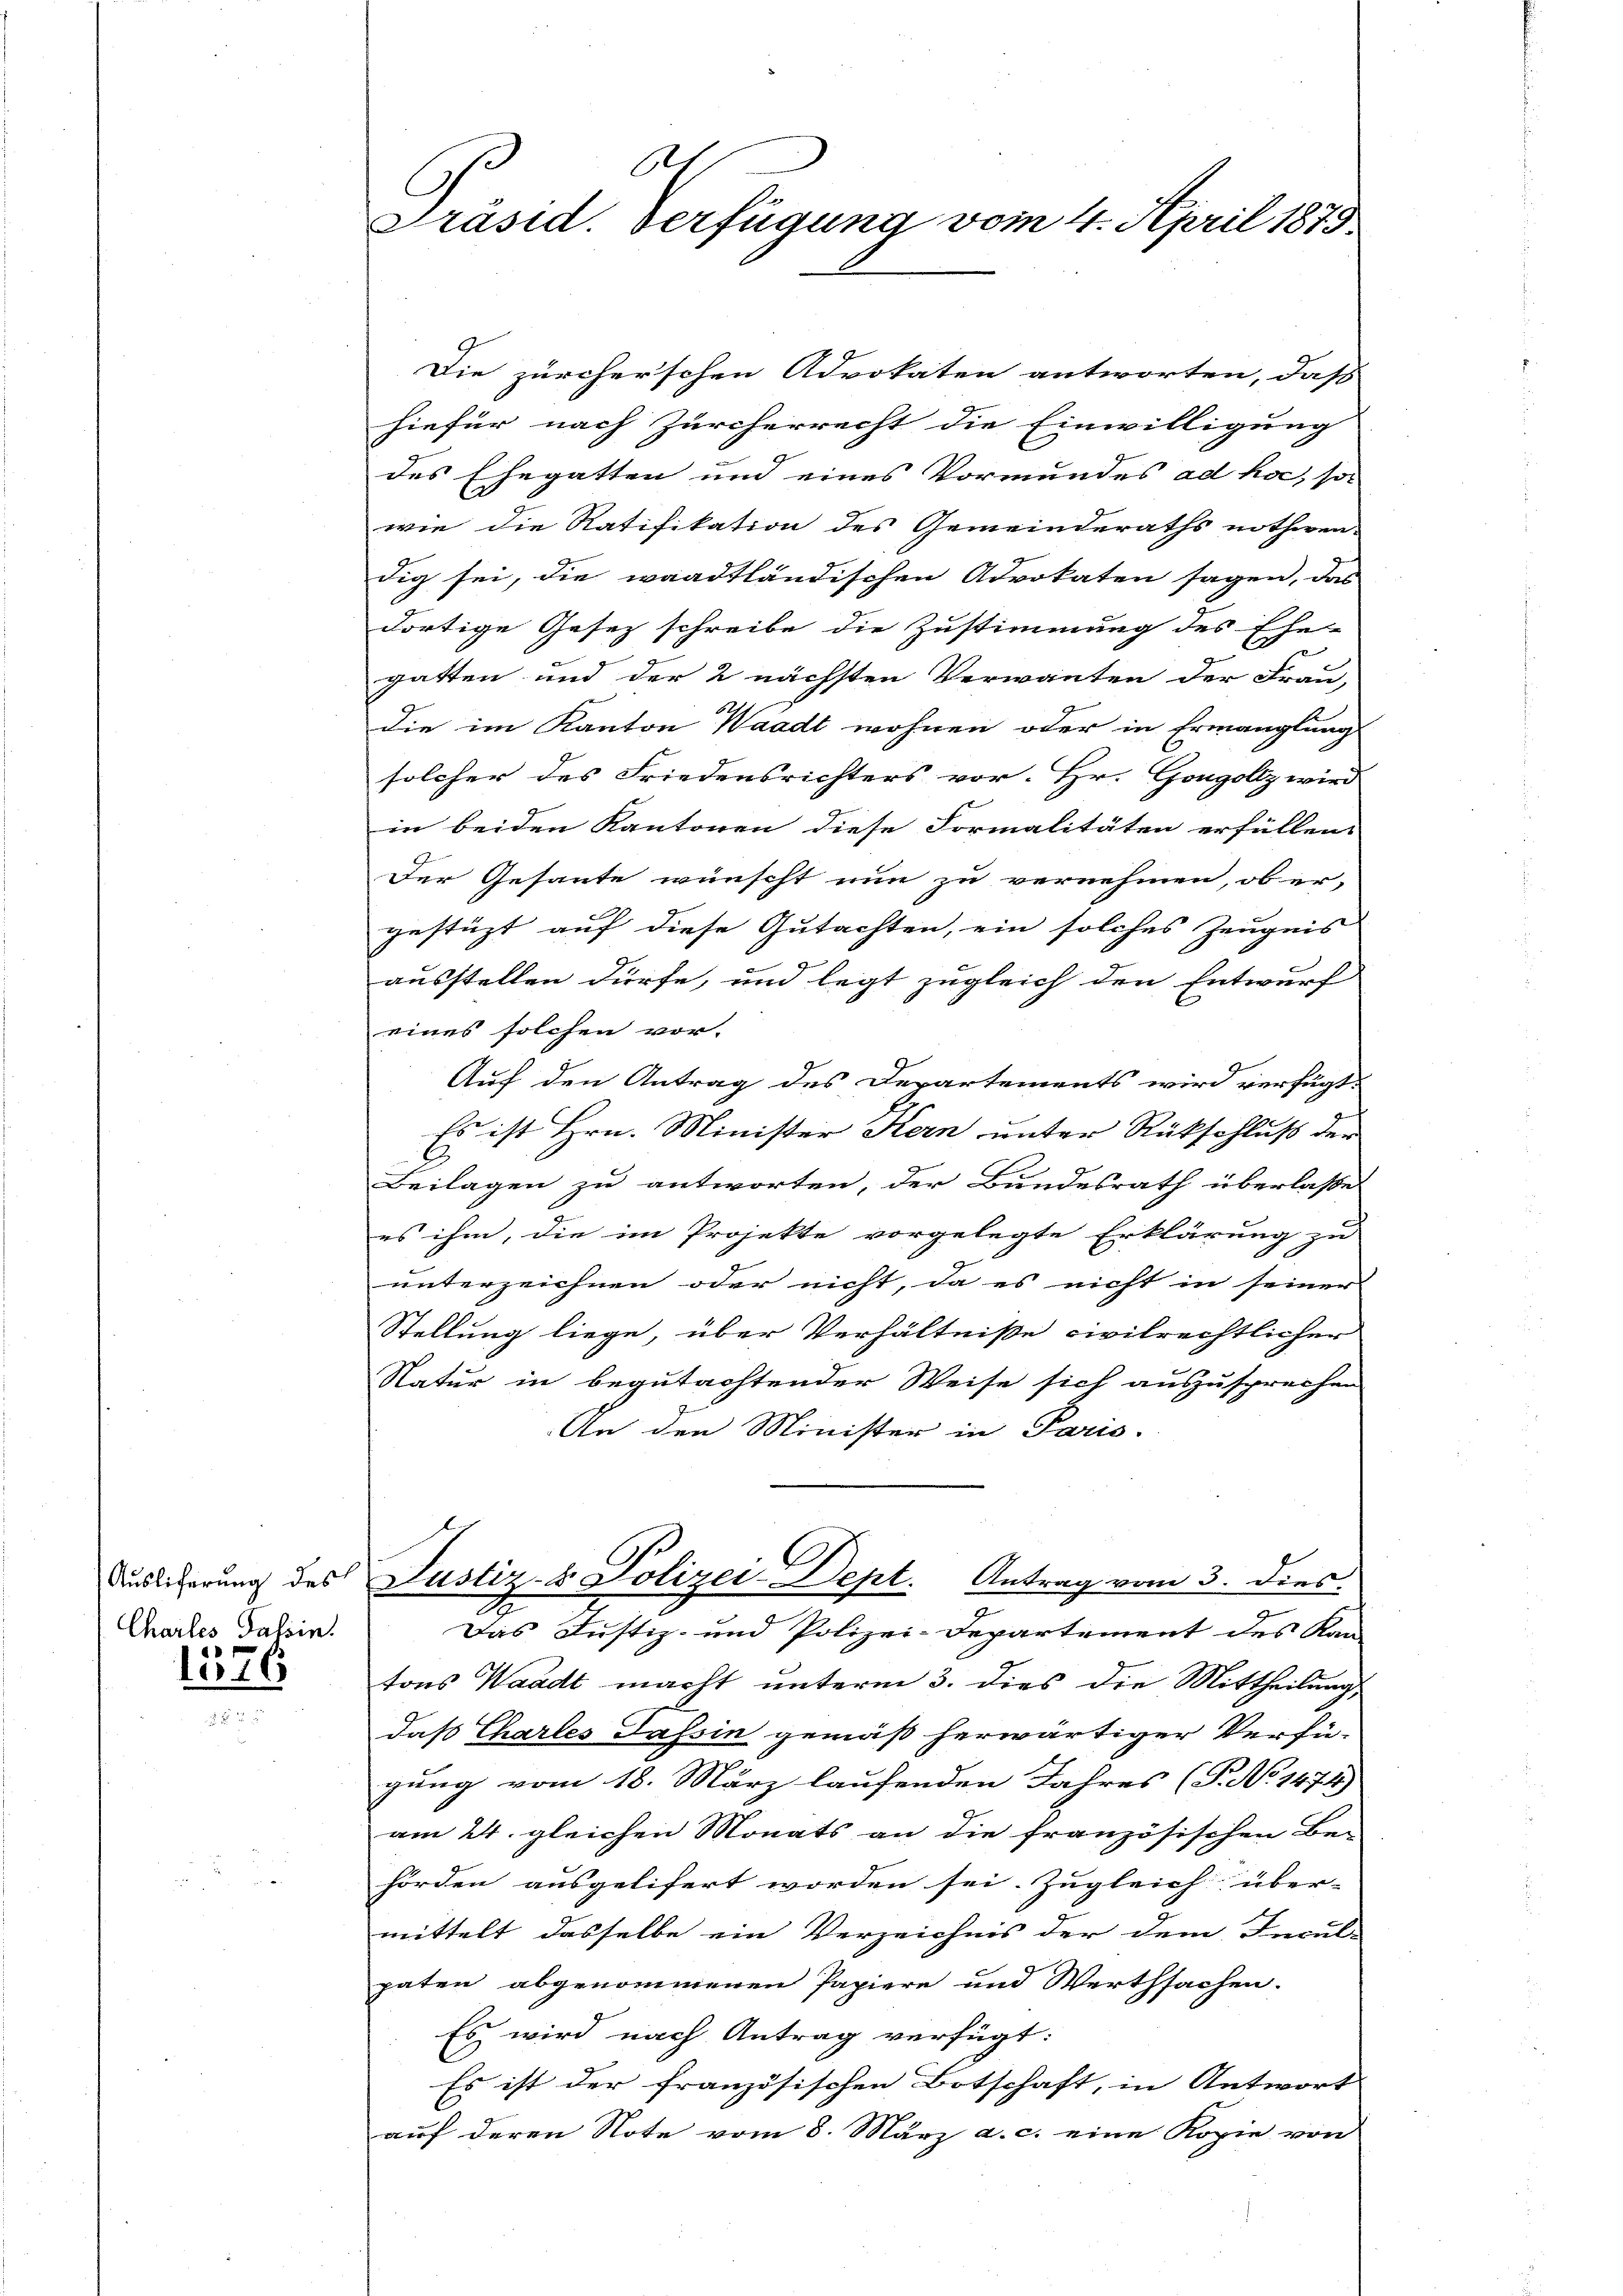
Charles Passin.
f

1316

t
Präsid. Verfügung vom 4. April 1875

Die zürcherschen Advokaten antworten, daß
hiefür nach Zürcherrecht die Einwilligung
des Ehegatten und eines Vormundes ad hoc, so
wie die Ratifikation des Gemeinderaths nothwen
dig sei, die waadtländischen Advokaten sagen, das
dortige Gesetz schreibe die Zustimmung des Ehe-
gatten und der 2 nächsten Verwanten der Frau,
die im Kanton Waadt wohnen oder in Ermanglung
solcher des Friedensrichters vor. Hr. Gongoltz wird
in beiden Kantonen diese Formalitäten erfüllen.
Der Gesante wünscht nun zu vernehmen, ob er,
gestützt auf diese Gutachten, ein solches Zeugnis
ausstellen dürfe, und legt zugleich den Entwurf
eines solchen vor-
Auf den Antrag des Departements wird verfügt:
Es ist Hrn. Minister Kern unter Rückschluß der
b
Beilagen zu antworten, der Bundesrath überlasset
es ihm, die im Projekte vorgelegte Erklärung zu
unterzeichnen oder nicht, da es nicht in seiner |
Stellung liege, über Verhältniße civilrechtlicher
Natur in begutachtender Weise sich auszusprechen
An den Minister in Paris.
Durstigerung des Justiz- & Polizei-Dept. Antrag vom 3. dies.
Das Justiz- und Polizei-Departement des Kan-
tons Waadt macht unterm 3. dies die Mittheilung
daß Chartes Tessin gemäß herwärtiger Verfügung vom 18. März laufenden Jahres (T. No 1474)
am 24. gleichen Monats an die französischen Be-
hörden ausgelifert worden sei. Zugleich über-
mittelt, dasselbe ein Verzeichnis der dem Incul-
paten abgenommenen Papiere und Werthsachen.
Es wird nach Antrag verfügt:
Es ist der französischen Botschaft, in Antwort
auf deren Note vom 8. März a. c. eine Kopie von